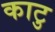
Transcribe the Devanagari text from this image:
काटु